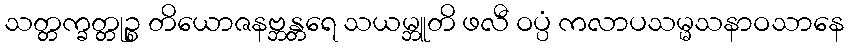
သတ္တက္ခတ္တုဉ္စ တိယောဇနဗ္ဘန္တရေ သယမ္ဘူတိ ဖလီ ဝပ္ပံ ကလာပသမ္မသနာဝသာနေ